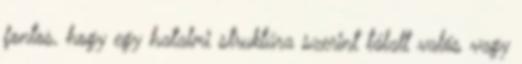
fontos, hogy egy hatalmi struktúra szerint tálalt valós vagy